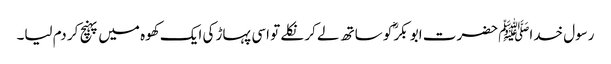
رسول خداﷺ حضرت ابو بکرؓ کو ساتھ لے کر نکلے تو اسی پہاڑ کی ایک کھوہ میں پہنچ کر دم لیا۔